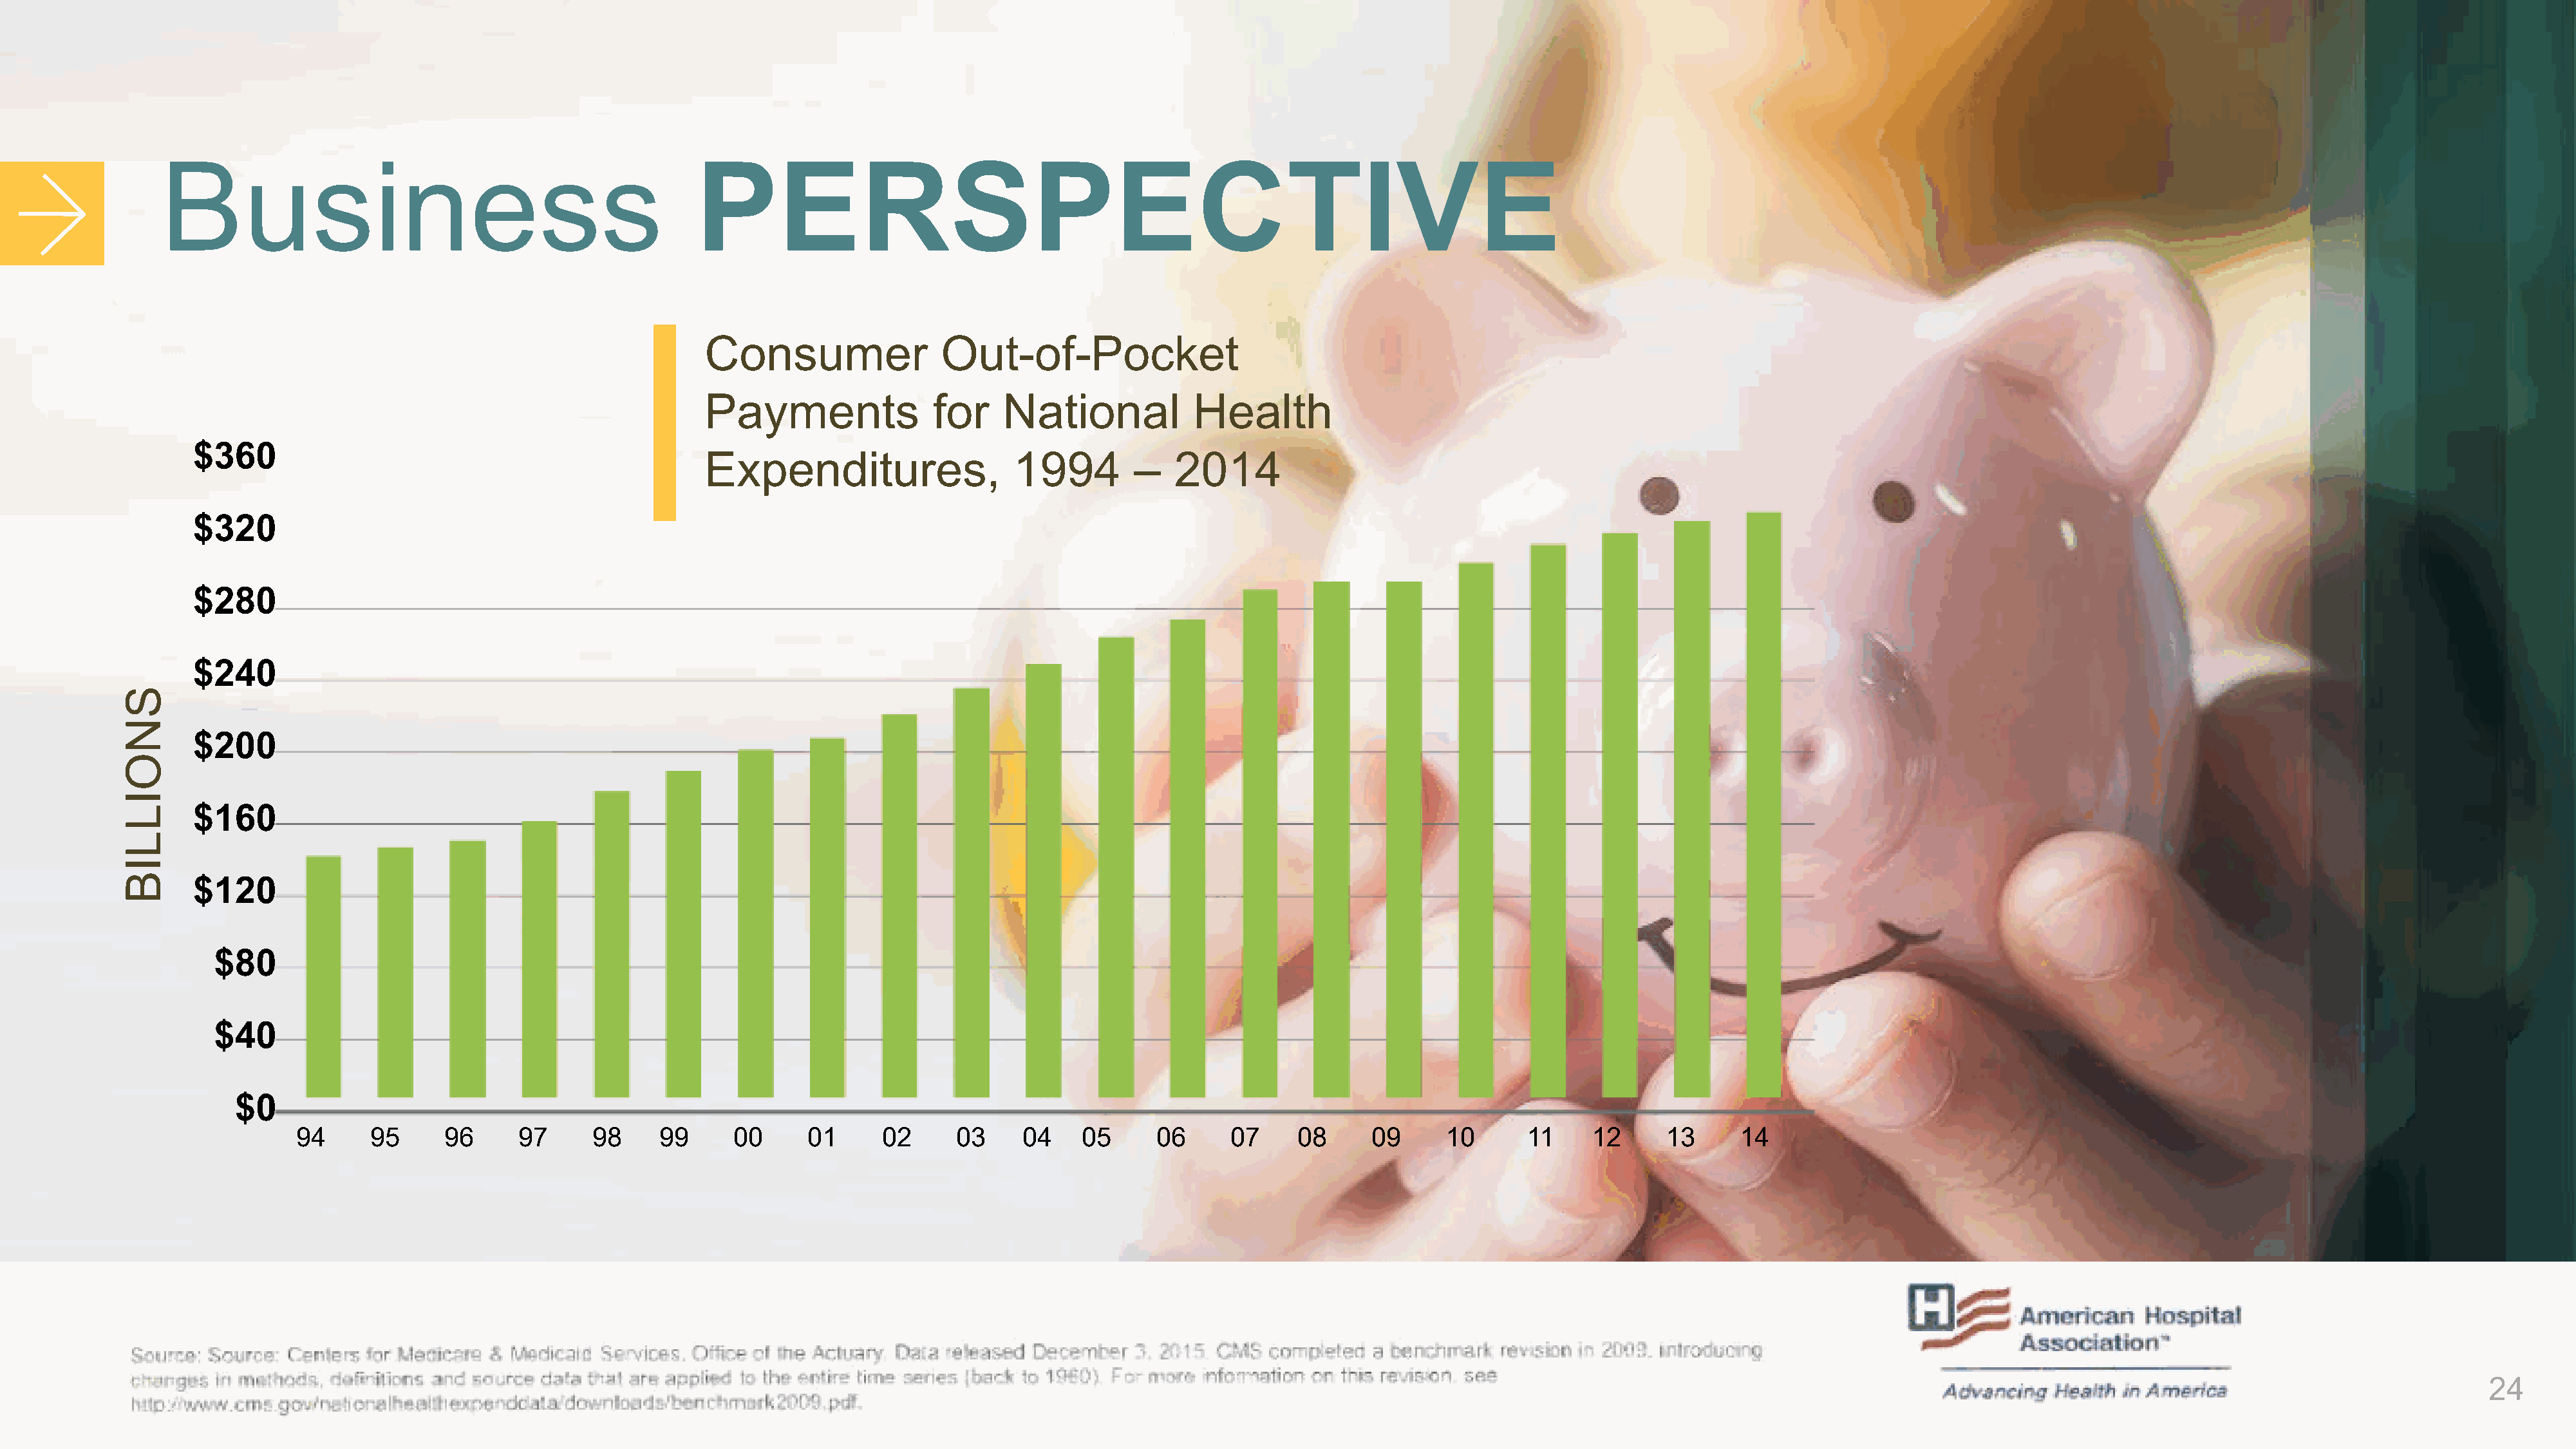
Business
 PERSPECTIVE
 Consumer                 Out-of-Pocket
 Payments                for    National            Health
 $360
 Expenditures,                   1994         –   2014
 $320
 $280
 $240
 $200
 $160
 $120
 $80
 $40
 $0
 94      95      96     97      98     99     00      01      02     03     04    05      06     07     08      09      10      11     12     13      14
 24
 SNOILLIB